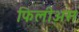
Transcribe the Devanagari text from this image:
फिलीअस